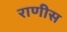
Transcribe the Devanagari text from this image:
राणीस